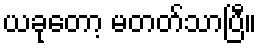
ယခုတော့ မတတ်သာပြီ။